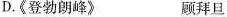
D.《登勃朗峰》 顾拜旦